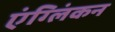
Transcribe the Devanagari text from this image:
एंग्लिंकन